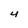
Character: 4